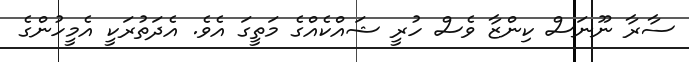
ސާރާ ނޫނަސް ކިންޒާ ވެސް ހުރީ ޝައްކެއްގެ މަތީގަ އެވެ. އެދަތުރަކީ އެމީހުންގެ